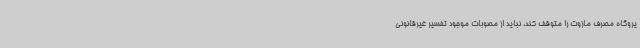
یروگاه مصرف مازوت را متوقف کند، نباید از مصوبات موجود تفسیر غیرقانونی